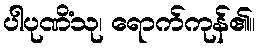
ပါပုဏိံသု၊ ရောက်ကုန်၏။